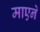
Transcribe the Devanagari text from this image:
माएने